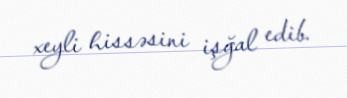
xeyli hissəsini işğal edib.